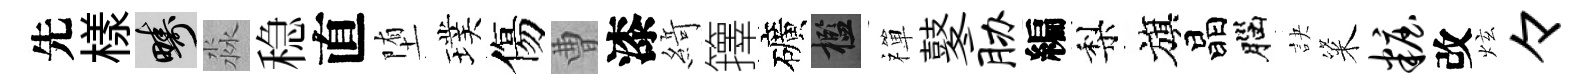
先樣疇淼稳直堕璞傷曹漆𦂶籜礦檻禪鼕胁編梨旗晶腦訣粢妆改炫々